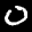
Label: 0